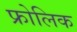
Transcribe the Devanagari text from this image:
फ्रोलिक